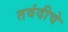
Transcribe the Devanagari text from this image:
तवंदीचे